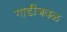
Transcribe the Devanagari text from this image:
गाडीजवळ